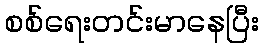
စစ်ရေးတင်းမာနေပြီး